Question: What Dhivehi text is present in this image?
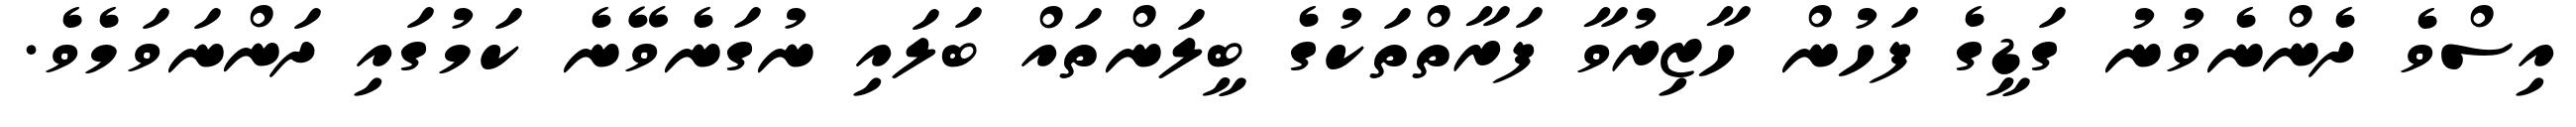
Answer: އިސްވެ ދެންނެވުނު ގަޑީގެ ފަހުން ހާޒިރުވާ ފަރާތްތަކުގެ ބީލަންތައް ބަލައި ނުގަނެވޭނެ ކަމުގައި ދަންނަވަމެވެ.